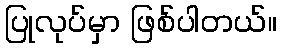
ပြုလုပ်မှာ ဖြစ်ပါတယ်။